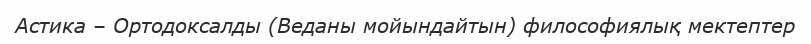
Астика – Ортодоксалды (Веданы мойындайтын) философиялық мектептер